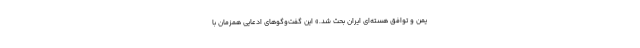
یمن و توافق هسته‌ای ایران بحث شد.» این گفت‌وگوهای ادعایی همزمان با